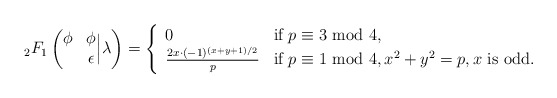
\begin{align*}{_2F_1}\left(\begin{matrix} \phi&\phi \\ {} & \epsilon \end{matrix}\Big| \lambda\right)=\left\{\begin{array}{ll}0 & \textrm{if } p\equiv 3 \textrm{ mod }4, \\\frac{2x\cdot(-1)^{(x+y+1)/2}}{p} & \textrm{if } p\equiv 1\textrm{ mod }4,x^2+y^2=p, x\textrm{ is odd}. \end{array}\right.\end{align*}